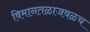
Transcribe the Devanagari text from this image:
विमानतळाजवळच